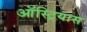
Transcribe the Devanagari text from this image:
ऑस्ट्रियास